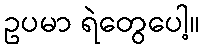
ဥပမာ ရဲတွေပေါ့။